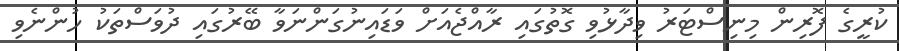
ކުރީގެ ފޮރިން މިނިސްޓަރު ވިދާޅުވި ގޮތުގައި ރާއްޖެއަށް ވަޑައިނުގަންނަވާ ބޭރުގައި ދުވަސްތަކު ހުންނެވި